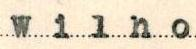
Wilho